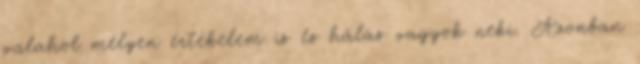
valahol mélyen értékelem is és hálás vagyok neki. Azonban